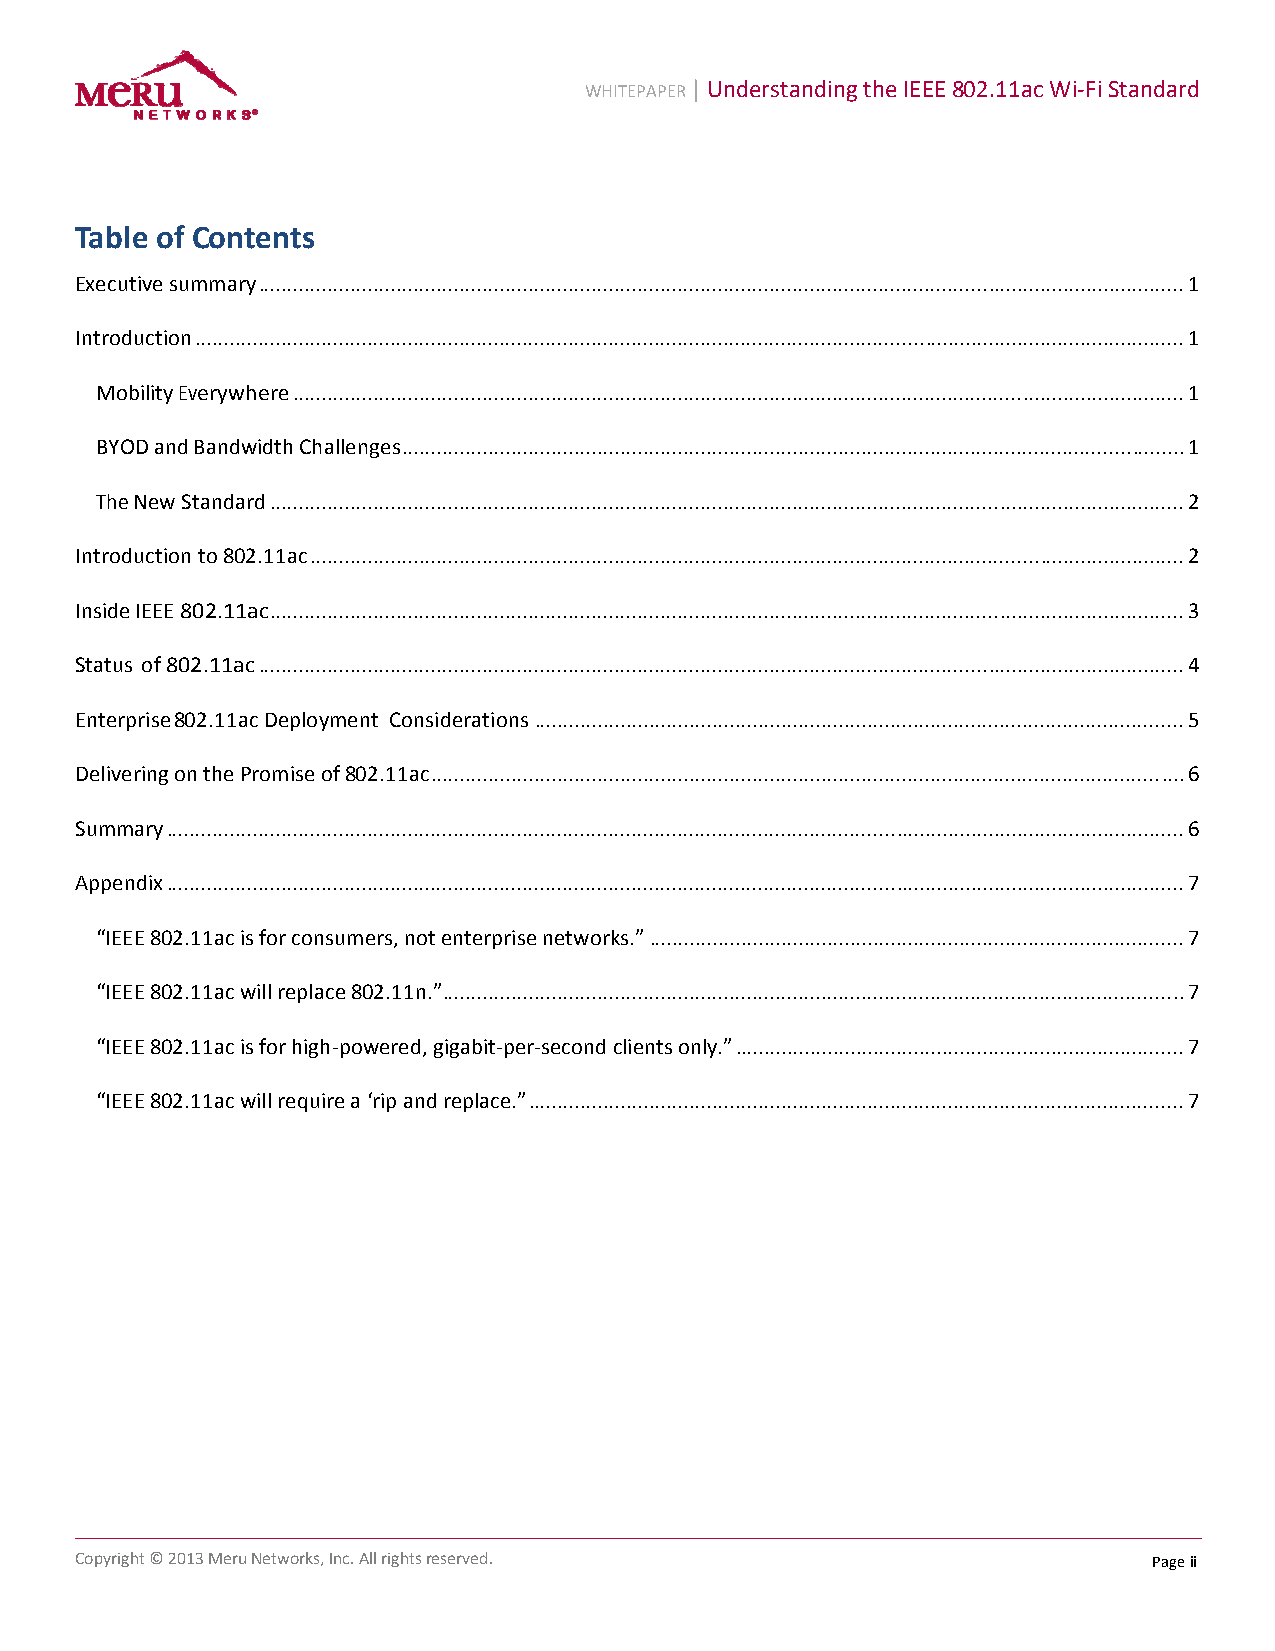
WHITEPAPER | Understanding the IEEE 802.11ac Wi‐Fi Standard
 Table of Contents
 Executive summary ................................................................................................................................................................. 1
 Introduction ............................................................................................................................................................................ 1
 Mobility Everywhere ........................................................................................................................................................... 1
 BYOD and Bandwidth Challenges ........................................................................................................................................ 1
 The New Standard ............................................................................................................................................................... 2
 Introduction to 802.11ac ........................................................................................................................................................ 2
 Inside IEEE 802.11ac ............................................................................................................................................................... 3
 Status of 802.11ac ................................................................................................................................................................. 4
 Enterprise 802.11ac Deployment Considerations ................................................................................................................. 5
 Delivering on the Promise of 802.11ac ................................................................................................................................... 6
 Summary ................................................................................................................................................................................. 6
 Appendix ................................................................................................................................................................................. 7
 “IEEE 802.11ac is for consumers, not enterprise networks.” ............................................................................................. 7
 “IEEE 802.11ac will replace 802.11n.” ................................................................................................................................. 7
 “IEEE 802.11ac is for high‐powered, gigabit‐per‐second clients only.” .............................................................................. 7
 “IEEE 802.11ac will require a ‘rip and replace.” .................................................................................................................. 7
 Copyright © 2013 Meru Networks, Inc. All rights reserved.              Page ii